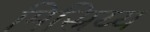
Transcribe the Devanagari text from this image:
मिस्रिय्य